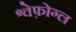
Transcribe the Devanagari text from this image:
श्वेफ़ोग्ल